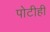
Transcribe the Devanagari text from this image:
पोटीही